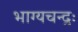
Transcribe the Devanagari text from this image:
भाग्यचन्द्रः